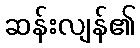
ဆန်းလျန်၏